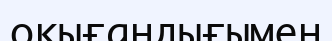
оқығандығымен